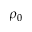
\rho _ { 0 }